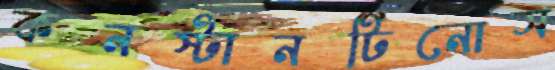
কনস্টানটিনোস